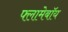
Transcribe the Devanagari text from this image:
फ्लामेबॉय